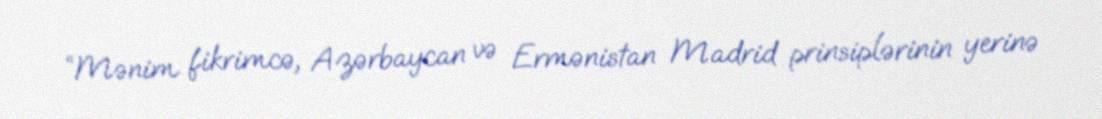
“Mənim fikrimcə, Azərbaycan və Ermənistan Madrid prinsiplərinin yerinə